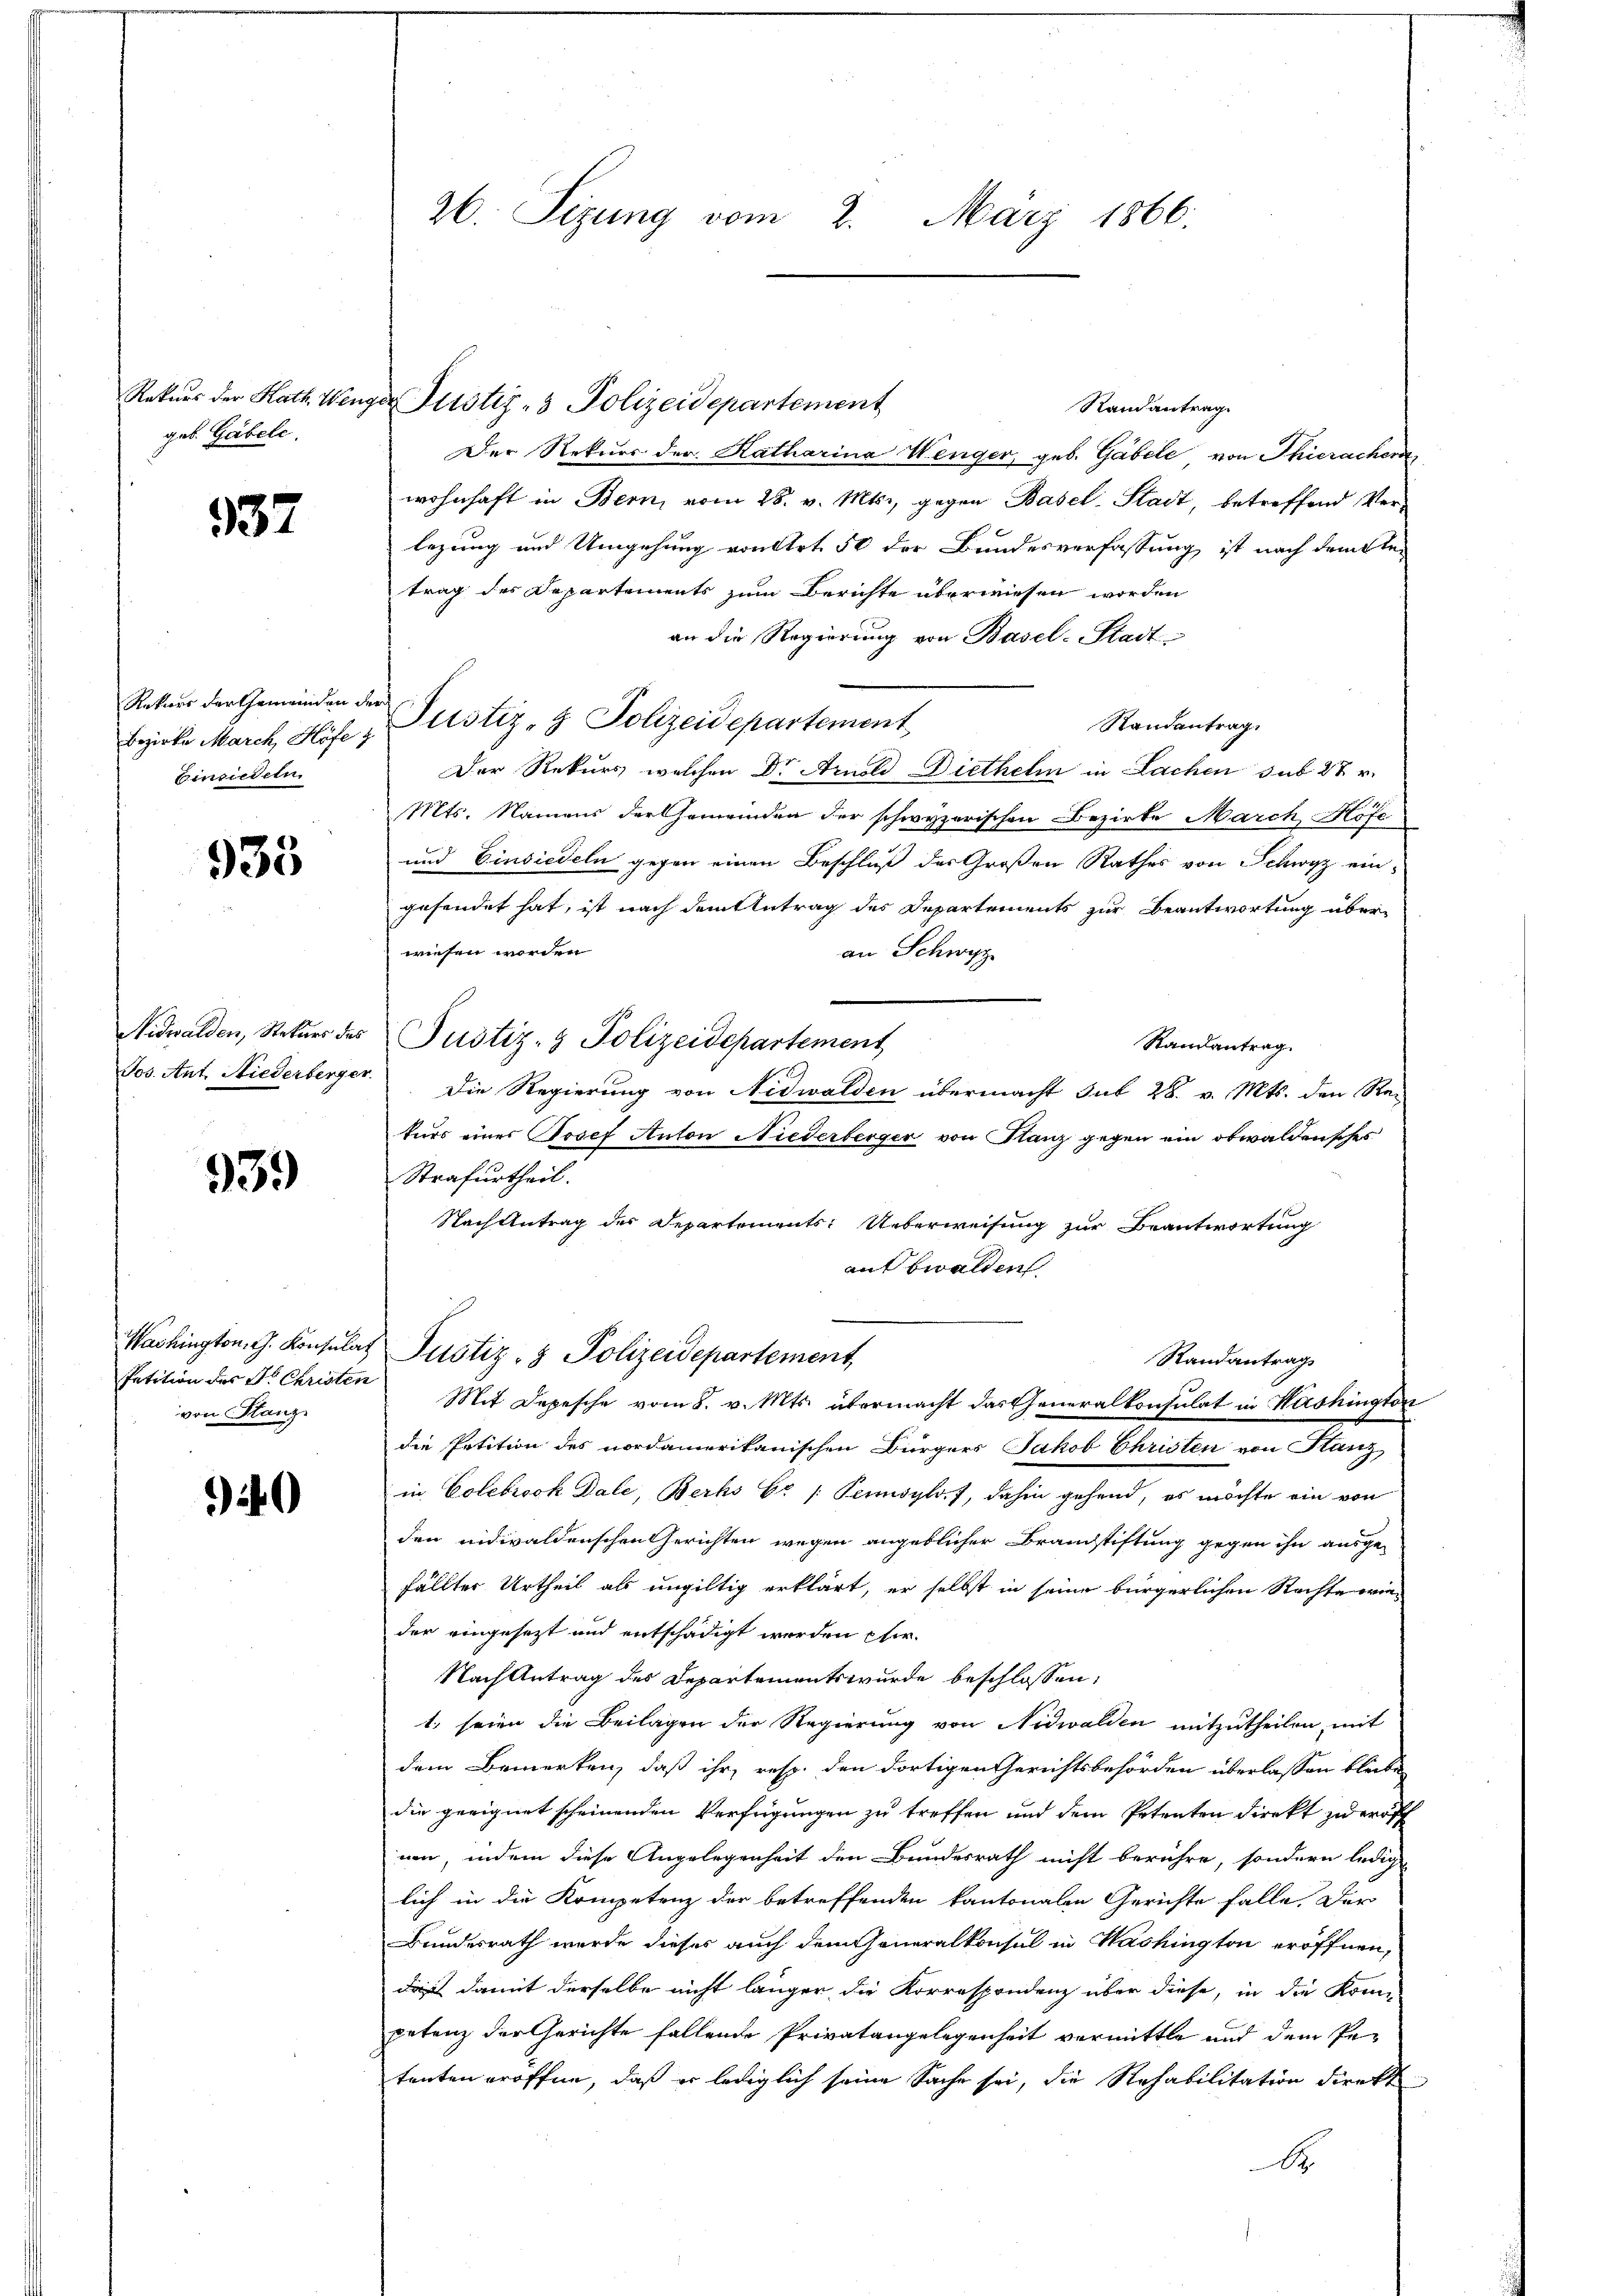
geb. Gabele.

337

Bezirke March, Höfe z
Einsiedeln.

933

Jos. Ant. Niederberger

939

Petition des Dr. Christen
von Flanz

40

Rekurs der Kath. Wenger Justiz- & Polizeidepartement
Randantrag
Der Rekurs der Katharina Wenger, geb. Gabele von Thierachen
wohnhaft in Bern, vom 28. v. Mts., gegen Basel-Stadt, betreffend Verlegung und Umgehung von Art. 58 der Bundesverfassung ist nach dem Retrag des Departements zum Berichte überwiesen worden
an die Regierung von Basel-Stadt-
Rekurs der Gemeinden der Systiz- & Polizeidepartement
Randantrag.
Der Rekurs welchen Dr Arnold Diethelm in Lachen sub 27 v.
Mts. Namens der Gemeinden der schwyzerischen Bezirke March Hofe
und Einsiedeln gegen einen Beschluß des Großen Rathes von Schwyz eingesendet hat, ist nach dem Antrag des Departements zur Beantwortung überwiesen worden
an Schwyz
Nidwalden, Rekurs des Justiz- & Polizeidepartement
Randantrag.
Die Regierung von Nidwalden übermacht sub 28. v. Mts. den Re-
turs eines Josef Anton Niederberger von Stanz gegen ein obwaldensches
Strafurtheil.
Nach Antrag des Departements: Ueberweisung zur Beantwortung
aubwalden
Washington, G. Konsulat Justiz- & Polizeidepartement,
Randantrag
Mit Depesche vom 8. v. Mts. übermacht das Generalkonsulat in Washington
die Petition des nordamerikanischen Bürgers Jakob Christen von Stanz
in Colebrock Dale, Berhs Er / Pensylv.), dahin gehend, es möchte ein von
den nidwaldenschen Gerichten wegen angeblicher Brauchstiftung gegen ihn ausge-
fällter Urtheil als ungültig erklärt, er selbst in seine bürgerlichen Rechte wie
der eingesetzt und entschädigt werden Eher
Nach Antrag des Departements wurde beschlossen,
1. seien die Beilagen der Regierung von Nidwalden mitzutheilen, mit
dem Bemerken, daß ihr, resp. den dortigen Gerichtsbehörden überlassen bleiben
die geeignet scheinenden Verfügungen zu treffen und dem Petenten direkt zu eröff
uen, indem diese Angelegenheit den Bundesrath nicht berühre, sondern ledige
lich in die Kompetenz der betreffenden kantonalen Gerichte falle. Der
Bundesrath wurde dieses auch dem Generalkonsul in Washington eröffnen,
daß damit derselbe nicht länger die Korrespondenz über diese, in die Kompetenz der Gerichte fallende Privatangelegenheit vermittle und dem Petenten eröffen, daß er lediglich seine Sache sei, die Rehabilitation direkt
A

26. Sitzung vom 2. März 1866.